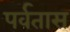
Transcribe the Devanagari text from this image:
पर्वतास